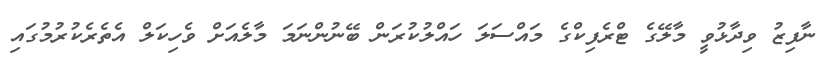
ނާފިޒު ވިދާޅުވީ މާލޭގެ ޓްރެފިކްގެ މައްސަލަ ހައްލުކުރަން ބޭނުންނަމަ މާލެއަށް ވެހިކަލް އެތެރެކުރުމުގައި